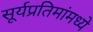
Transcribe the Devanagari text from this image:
सूर्यप्रतिमांमध्ये